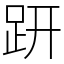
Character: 趼